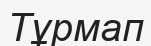
Тұрмап